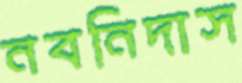
নবনিদাস